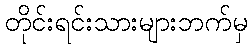
တိုင်းရင်းသားများဘက်မှ